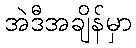
အဲဒီအချိန်မှာ